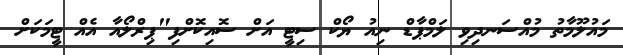
މައުލޫމާތު މުއްސަނދިވި ލަމްޕާޑް ނިއު ޔޯކް ސިޓީ އަށް ސޮއިކޮށްފި"ޕިރްލޯއާ އެއް ޓީމަކަށް